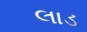
લાડ